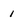
Character: 1